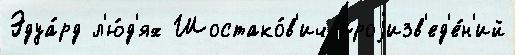
Эдуа́рд л'ю́д'ях Шостако́в'ич проjизв'ед'е́н'ий